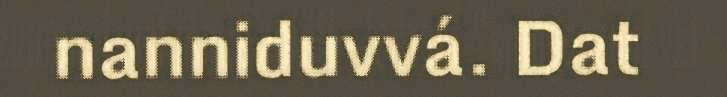
nanniduvvá. Dat